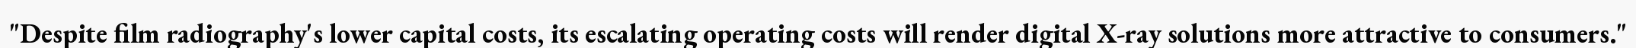
"Despite film radiography's lower capital costs, its escalating operating costs will render digital X-ray solutions more attractive to consumers."